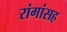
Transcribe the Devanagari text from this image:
रांगांसह